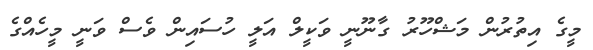
މީގެ އިތުރުން މަޝްހޫރު ގާނޫނީ ވަކީލް އަލީ ހުސައިން ވެސް ވަނީ މީހެއްގެ